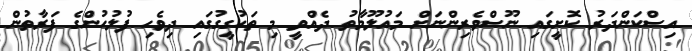
އިސްކަންދަރު ކޮށީގައި ނޫސްވެރިންނަށް މައުލޫމާތު ދެއްވީ މި ތަހުގީގުގައި ދިވެހި ފުލުހުންގެ ފަރާތުން